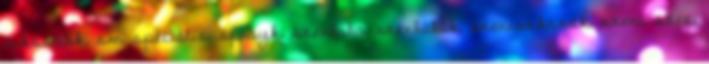
sikosítók, sm, speciális, sprayk, szexbaba, szexbabák, szexeszközök, szexi, szexi